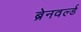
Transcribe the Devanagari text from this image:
ब्रेनवर्ल्ड